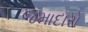
જમાદારો